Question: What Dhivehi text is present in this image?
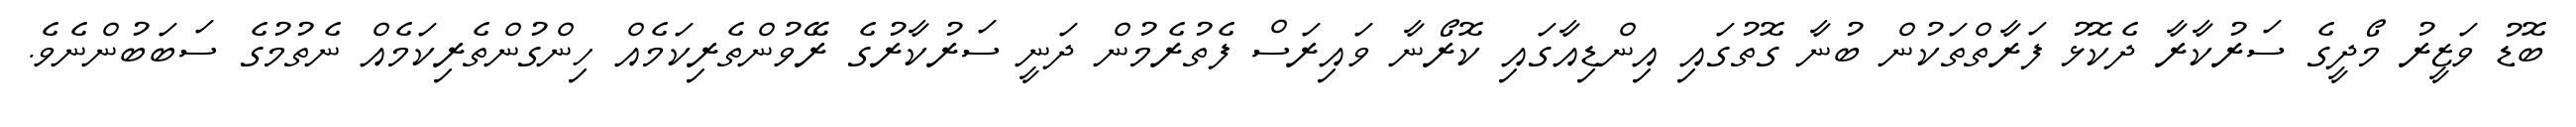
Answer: ބޮޑު ވަޒީރު މޯދީގެ ސަރުކާރާ ދެކޮޅު ފަރާތްތަކުން ބުނާ ގޮތުގައި އިންޑިއާގައި ކޮރޯނާ ވައިރަސް ފެތުރެމުން ދަނީ ސަރުކާރުގެ ރޭވުންތެރިކަމެއް ހިންގުންތެރިކަމެއް ނެތުމުގެ ސަބަބުންނެވެ.